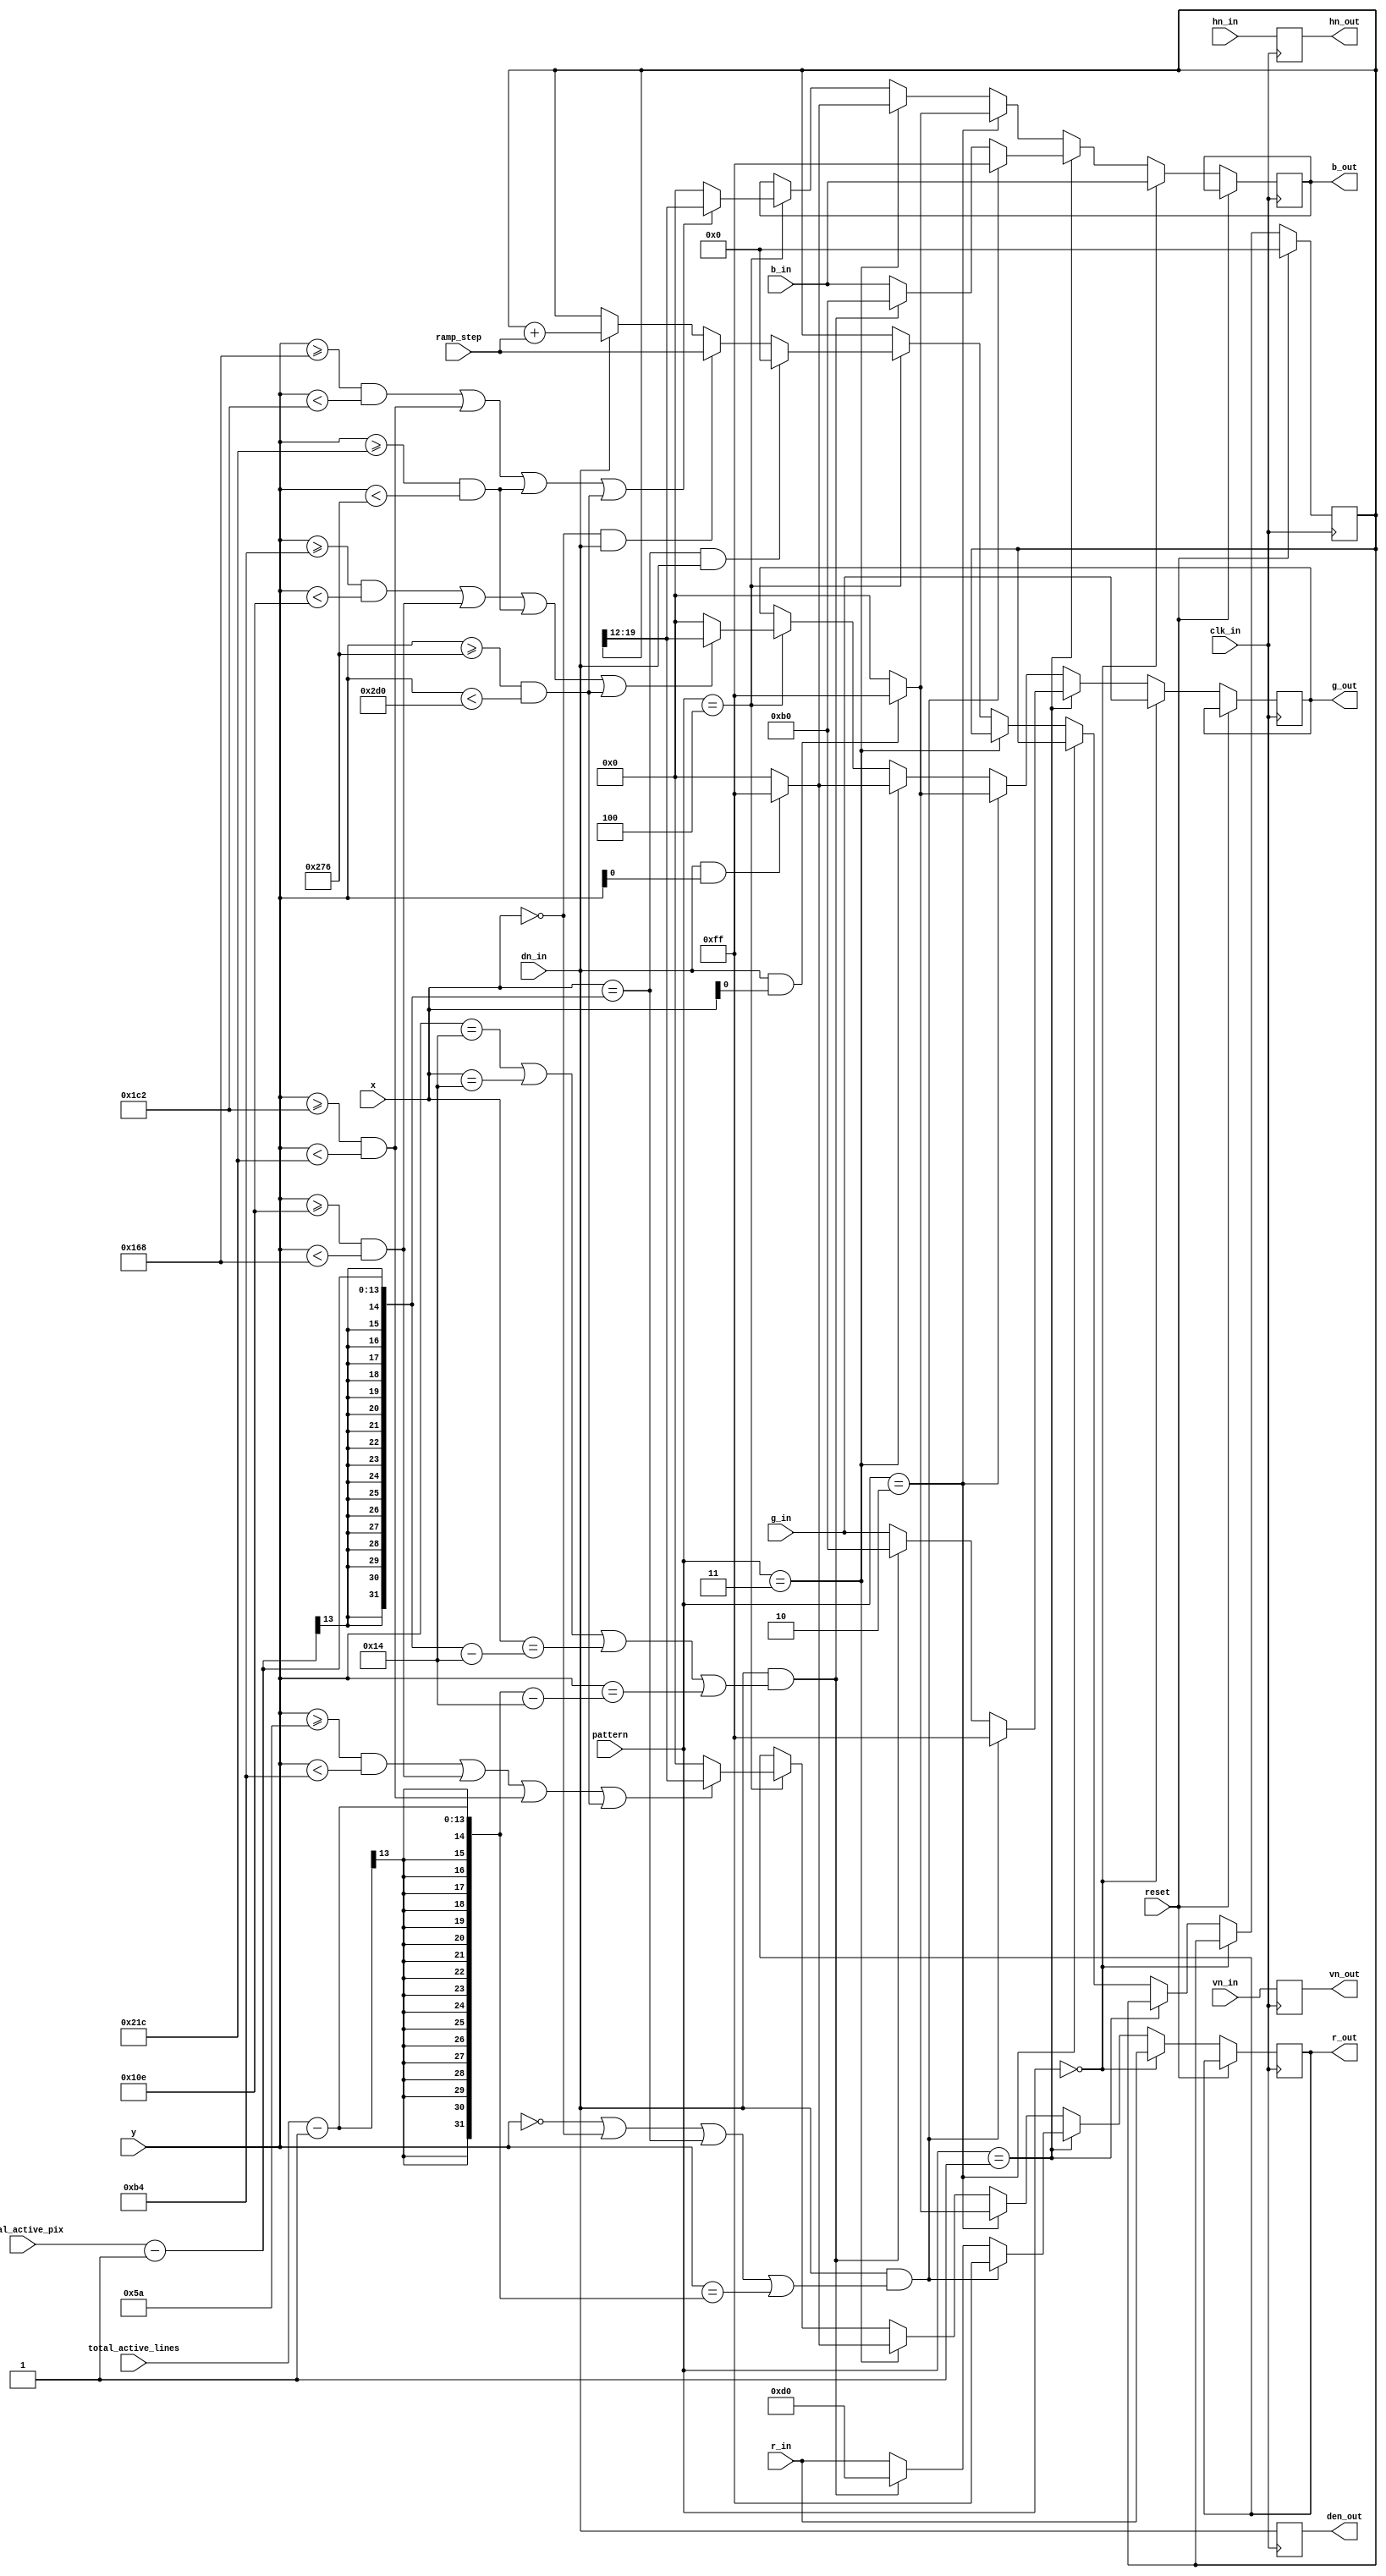
module pattern_vg
#(
	parameter B=8, // number of bits per channel
	X_BITS=13,
	Y_BITS=13,
	FRACTIONAL_BITS = 12
)

(
	input reset, clk_in,
	input wire [X_BITS-1:0] x,
	input wire [Y_BITS-1:0] y,
	input wire vn_in, hn_in, dn_in,
	input wire [B-1:0] r_in, g_in, b_in,
	output reg vn_out, hn_out, den_out,
	output reg [B-1:0] r_out, g_out, b_out,
	input wire [X_BITS-1:0] total_active_pix,
	input wire [Y_BITS-1:0] total_active_lines,
	input wire [7:0] pattern,
	input wire [B+FRACTIONAL_BITS-1:0] ramp_step
);
	
reg [B+FRACTIONAL_BITS-1:0] ramp_values; // 12-bit fractional end for ramp values


//wire bar_0 = y<90;
wire bar_1 = y>=90 & y<180;
wire bar_2 = y>=180 & y<270;
wire bar_3 = y>=270 & y<360;
wire bar_4 = y>=360 & y<450;
wire bar_5 = y>=450 & y<540;
wire bar_6 = y>=540 & y<630;
wire bar_7 = y>=630 & y<720;


wire red_enable = bar_1 | bar_3 | bar_5 | bar_7;
wire green_enable = bar_2 | bar_3 | bar_6 | bar_7;
wire blue_enable = bar_4 | bar_5 | bar_6 | bar_7;
	
always @(posedge clk_in)
	begin
		vn_out <= vn_in;
		hn_out <= hn_in;
		den_out <= dn_in;
	if (reset)
		ramp_values <= 0;
	else if (pattern == 8'b0) // no pattern
	begin
		r_out <= r_in;
		g_out <= g_in;
		b_out <= b_in;
	end
	else if (pattern == 8'b1) // border
	begin
		if (dn_in && ((y == 12'b0) || (x == 12'b0) || (x == total_active_pix - 1) || (y == total_active_lines - 1)))
		begin
			r_out <= 8'hFF;
			g_out <= 8'hFF;
			b_out <= 8'hFF;
		end
		else	// Double-border (OzOnE)...
		if (dn_in && ((y == 12'b0+20) || (x == 12'b0+20) || (x == total_active_pix - 1 - 20) || (y == total_active_lines - 1 - 20)))
		begin
			r_out <= 8'hD0;
			g_out <= 8'hB0;
			b_out <= 8'hB0;
		end
		else
		begin
			r_out <= r_in;
			g_out <= g_in;
			b_out <= b_in;
		end
	end
	else if (pattern == 8'd2) // moireX
	begin
		if ((dn_in) && x[0] == 1'b1)
		begin
			r_out <= 8'hFF;
			g_out <= 8'hFF;
			b_out <= 8'hFF;
		end
		else
		begin
			r_out <= 8'b0;
			g_out <= 8'b0;
			b_out <= 8'b0;
		end
	end
	else if (pattern == 8'd3) // moireY
	begin
		if ((dn_in) && y[0] == 1'b1)
		begin
			r_out <= 8'hFF;
			g_out <= 8'hFF;
			b_out <= 8'hFF;
		end
		else
		begin
			r_out <= 8'b0;
			g_out <= 8'b0;
			b_out <= 8'b0;
		end
	end
	else if (pattern == 8'd4) // Simple RAMP
	begin
		r_out <= (red_enable) ? ramp_values[B+FRACTIONAL_BITS-1:FRACTIONAL_BITS] : 8'h00;
		g_out <= (green_enable) ? ramp_values[B+FRACTIONAL_BITS-1:FRACTIONAL_BITS] : 8'h00;
		b_out <= (blue_enable) ? ramp_values[B+FRACTIONAL_BITS-1:FRACTIONAL_BITS] : 8'h00;
		
		if ((x == total_active_pix - 1) && (dn_in))
			ramp_values <= 0;
		else if ((x == 0) && (dn_in))
			ramp_values <= ramp_step;
		else if (dn_in)
			ramp_values <= ramp_values + ramp_step;
	end
end

endmodule